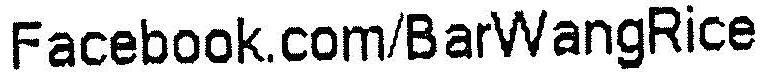
FACEBOOK.COM/BARWANGRICE